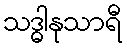
သဒ္ဓါနုသာရီ